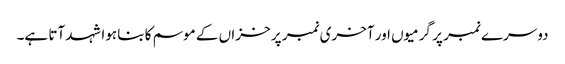
دوسرے نمبر پر گرمیوں اور آخری نمبر پر خزاں کے موسم کا بنا ہوا شہد آتا ہے۔